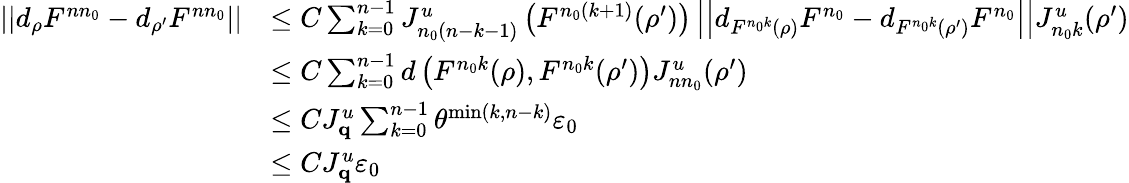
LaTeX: \begin{array}{rl}{\left|\left|d_{\rho}F^{nn_{0}}-d_{\rho^{\prime}}F^{nn_{0}}\right|\right|}&{\leq C\sum_{k=0}^{n-1}J_{n_{0}(n-k-1)}^{u}\left(F^{n_{0}(k+1)}(\rho^{\prime})\right)\left|\left|d_{F^{n_{0}k}(\rho)}F^{n_{0}}-d_{F^{n_{0}k}(\rho^{\prime})}F^{n_{0}}\right|\right|J_{n_{0}k}^{u}(\rho^{\prime})}\\ &{\leq C\sum_{k=0}^{n-1}d\left(F^{n_{0}k}(\rho),F^{n_{0}k}(\rho^{\prime})\right)J_{nn_{0}}^{u}(\rho^{\prime})}\\ &{\leq CJ_{\mathbf{q}}^{u}\sum_{k=0}^{n-1}\theta^{\operatorname*{min}(k,n-k)}\varepsilon_{0}}\\ &{\leq CJ_{\mathbf{q}}^{u}\varepsilon_{0}}\end{array}